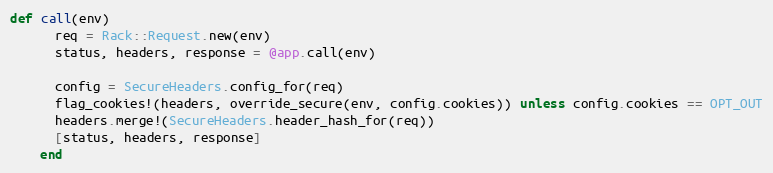
Language: Ruby
def call(env)
      req = Rack::Request.new(env)
      status, headers, response = @app.call(env)

      config = SecureHeaders.config_for(req)
      flag_cookies!(headers, override_secure(env, config.cookies)) unless config.cookies == OPT_OUT
      headers.merge!(SecureHeaders.header_hash_for(req))
      [status, headers, response]
    end